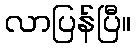
လာပြန်ပြီ။